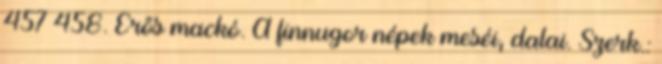
457–458. Erős mackó. A finnugor népek meséi, dalai. Szerk.: